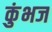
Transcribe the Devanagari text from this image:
कुंभज